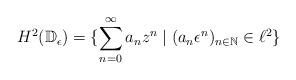
LaTeX: \begin{align*}H^2(\mathbb{D}_\epsilon) = \{\sum_{n = 0}^{\infty}a_n z^n \mid (a_n \epsilon^n)_{n \in \mathbb{N}} \in \ell^2\}\end{align*}